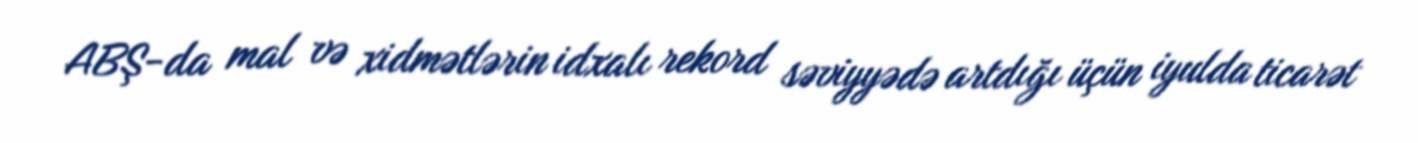
ABŞ-da mal və xidmətlərin idxalı rekord səviyyədə artdığı üçün iyulda ticarət